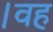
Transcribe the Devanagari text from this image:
।वह